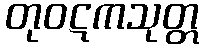
တုဝဋကသုတ္တ